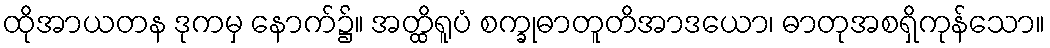
ထိုအာယတန ဒုကမှ နောက်၌။ အတ္ထိရူပံ စက္ခုဓာတူတိအာဒယော၊ ဓာတုအစရှိကုန်သော။